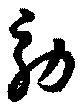
効